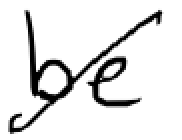
Text: be
Cross-out: mix
Writing tool: digital_black